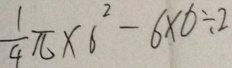
\frac { 1 } { 4 } \pi \times 6 ^ { 2 } - 6 \times 6 \div 2